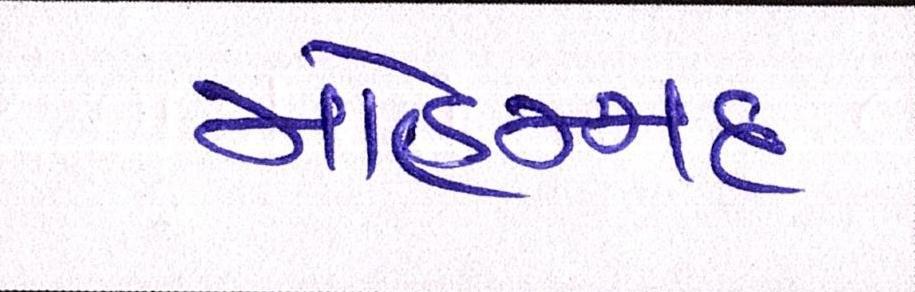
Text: મોહમ્મદ